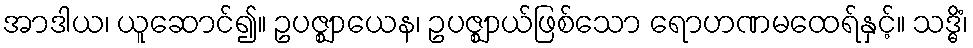
အာဒါယ၊ ယူဆောင်၍။ ဥပဇ္ဈာယေန၊ ဥပဇ္ဈာယ်ဖြစ်သော ရောဟဏမထေရ်နှင့်။ သဒ္ဓိံ၊